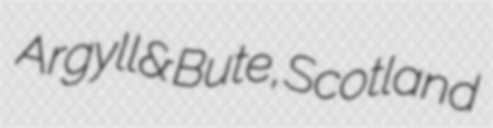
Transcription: Argyll & Bute, Scotland